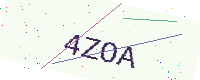
Text: 4ZOA